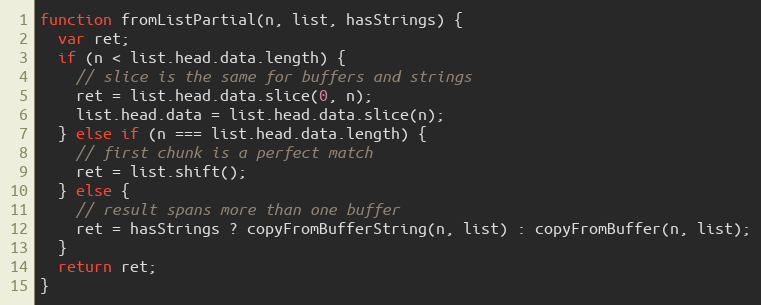
Language: JavaScript
function fromListPartial(n, list, hasStrings) {
  var ret;
  if (n < list.head.data.length) {
    // slice is the same for buffers and strings
    ret = list.head.data.slice(0, n);
    list.head.data = list.head.data.slice(n);
  } else if (n === list.head.data.length) {
    // first chunk is a perfect match
    ret = list.shift();
  } else {
    // result spans more than one buffer
    ret = hasStrings ? copyFromBufferString(n, list) : copyFromBuffer(n, list);
  }
  return ret;
}